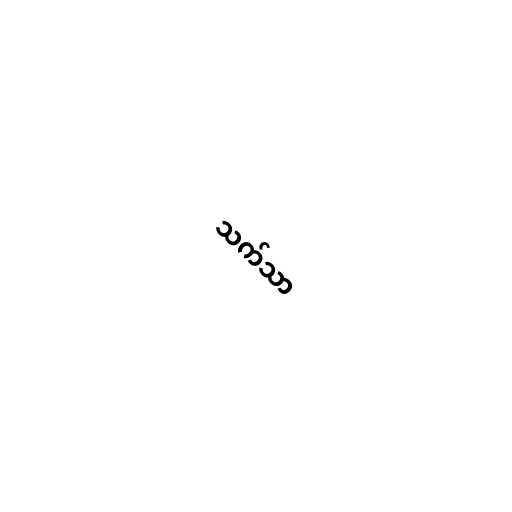
သက်သာ